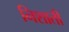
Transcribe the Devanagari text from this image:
निशाती